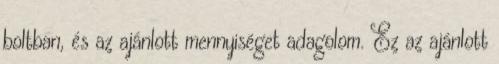
boltban, és az ajánlott mennyiséget adagolom. Ez az ajánlott